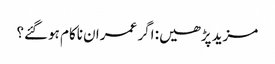
مزید پڑھیں: اگر عمران ناکام ہوگئے؟